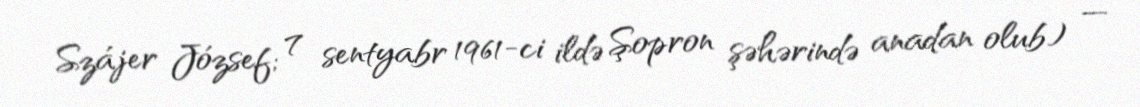
Szájer József; 7 sentyabr 1961-ci ildə Şopron şəhərində anadan olub) —